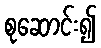
စုဆောင်း၍